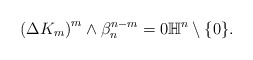
\begin{align*}\left( \Delta K_m\right)^m\wedge \beta_n ^{n-m}=0 \mathbb{H}^n\setminus \{0\}. \end{align*}